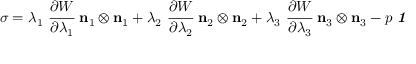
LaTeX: { \boldsymbol { \sigma } } = \lambda _ { 1 } ~ { \cfrac { \partial W } { \partial \lambda _ { 1 } } } ~ \mathbf { n } _ { 1 } \otimes \mathbf { n } _ { 1 } + \lambda _ { 2 } ~ { \cfrac { \partial W } { \partial \lambda _ { 2 } } } ~ \mathbf { n } _ { 2 } \otimes \mathbf { n } _ { 2 } + \lambda _ { 3 } ~ { \cfrac { \partial W } { \partial \lambda _ { 3 } } } ~ \mathbf { n } _ { 3 } \otimes \mathbf { n } _ { 3 } - p ~ { \boldsymbol { \mathit { 1 } } }